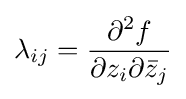
\lambda _{ij}={\frac {\partial ^{2}f}{\partial z_{i}\partial {\bar {z}}_{j}}}